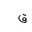
Letter: _qaf